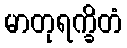
မာတုရက္ခိတံ